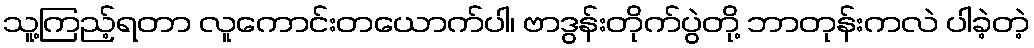
သူ့ကြည့်ရတာ လူကောင်းတယောက်ပါ၊ ဗာဒွန်းတိုက်ပွဲတို့ ဘာတုန်းကလဲ ပါခဲ့တဲ့